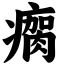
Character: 瘸